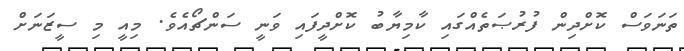
ތަނަވަސް ކޮށްދިން ފުރުޞަތެއްގައި ކާމިޔާބު ކޮށްދީފައި ވަނީ ސަންޗޯއެވެ. މިއީ މި ސީޒަނަށް